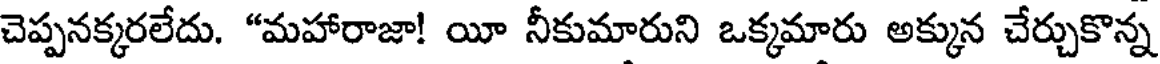
చెప్పనక్కరలేదు. "మహారాజా! యీ నీకుమారుని ఒక్కమారు అక్కున చేర్చుకొన్న